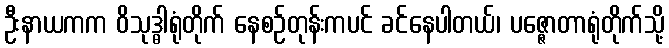
ဦးနာယကက ဝိသုဒ္ဓါရုံတိုက် နေစဉ်တုန်းကပင် ခင်နေပါတယ်၊ ပဇ္ဇောတာရုံတိုက်သို့